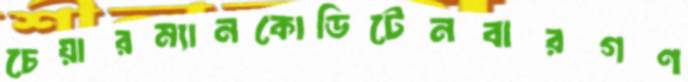
চেয়ারম্যানকোডিটেনবারগণ